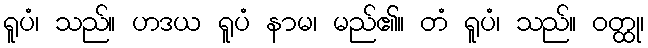
ရူပံ၊ သည်။ ဟဒယ ရူပံ နာမ၊ မည်၏။ တံ ရူပံ၊ သည်။ ဝတ္ထု၊